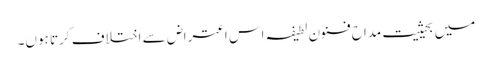
میں بحیثیت مداحِ فنون لطیفہ اس اعتراض سے اختلاف کرتا ہوں۔